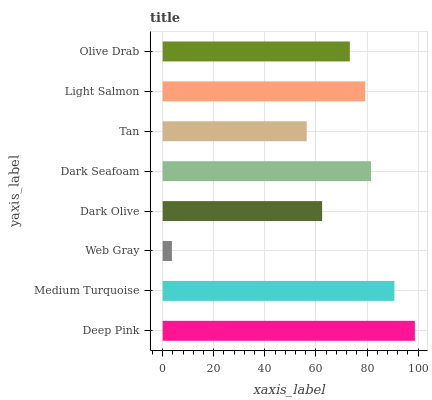
| yaxis_label | bars |
 | --- | --- |
 | Deep Pink | 98.7 |
 | Medium Turquoise | 90.7 |
 | Web Gray | 3.61 |
 | Dark Olive | 62.4 |
 | Dark Seafoam | 81.6 |
 | Tan | 56.4 |
 | Light Salmon | 79.3 |
 | Olive Drab | 73.3 |